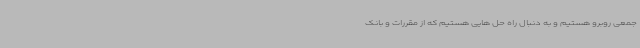
جمعی روبرو هستیم و به دنبال راه حل هایی هستیم که از مقررات و بانک